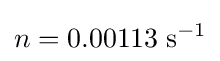
n=0.00113\;\mathrm {s^{-1}}